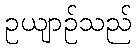
ဥယျာဉ်သည်